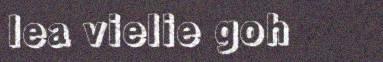
lea vielie goh